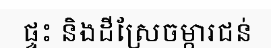
ផ្ទះ និងដីស្រែចម្ការជន់